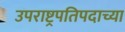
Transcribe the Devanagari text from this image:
उपराष्ट्रपतिपदाच्या